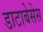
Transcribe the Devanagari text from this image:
डाटाबेसेस